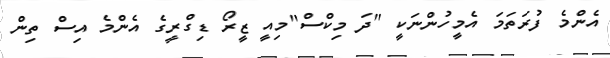
އެންމެ ފުރަތަމަ އެމީހުންނަކީ "ދަ މިކްސް"މިއީ ޒީރޯ ޑިގްރީގެ އެންމެ އިސް ތިން